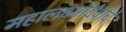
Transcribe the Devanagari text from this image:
महालक्ष्मीदेवीचे